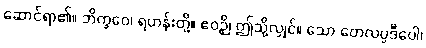
ဆောင်ရာ၏။ ဘိက္ခဝေ၊ ရဟန်းတို့။ ဧဝဉှိ၊ ဤသို့လျှင်။ သော တေလပ္ပဒီပေါ၊